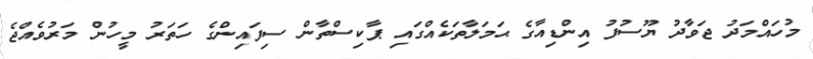
މުހައްމަދު ޖަވާދު ޔޫސުފު އިންޑިއާގެ ޙަމަލާތަކެއްގައި ޕާކިސްތާން ސިފައިންގެ ހަތަރު މީހުން މަރުވެއްޖެ